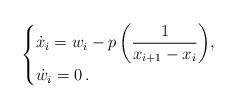
LaTeX: \begin{align*} \begin{cases} \displaystyle{\dot{x}_i=w_i-p\left(\frac{1}{x_{i+1}-x_i}\right)}, & \\ \displaystyle{\dot{w}_i=0}\,.& \end{cases}\end{align*}